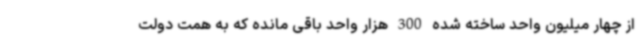
از چهار میلیون واحد ساخته شده 300 هزار واحد باقی مانده که به همت دولت